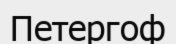
Петергоф